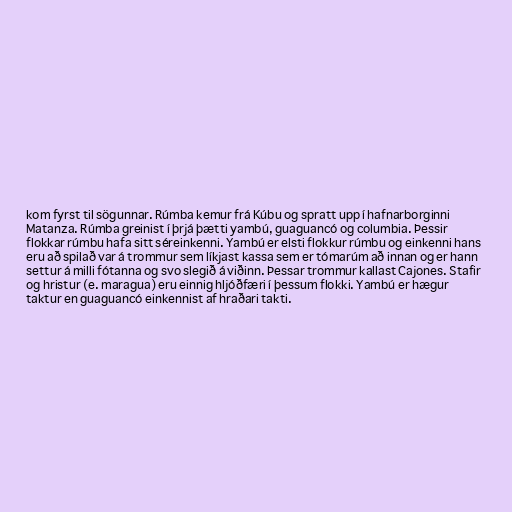
kom fyrst til sögunnar. Rúmba kemur frá Kúbu og spratt upp í hafnarborginni
Matanza. Rúmba greinist í þrjá þætti yambú, guaguancó og columbia. Þessir
flokkar rúmbu hafa sitt séreinkenni. Yambú er elsti flokkur rúmbu og einkenni hans
eru að spilað var á trommur sem líkjast kassa sem er tómarúm að innan og er hann
settur á milli fótanna og svo slegið á viðinn. Þessar trommur kallast Cajones. Stafir
og hristur (e. maragua) eru einnig hljóðfæri í þessum flokki. Yambú er hægur
taktur en guaguancó einkennist af hraðari takti.